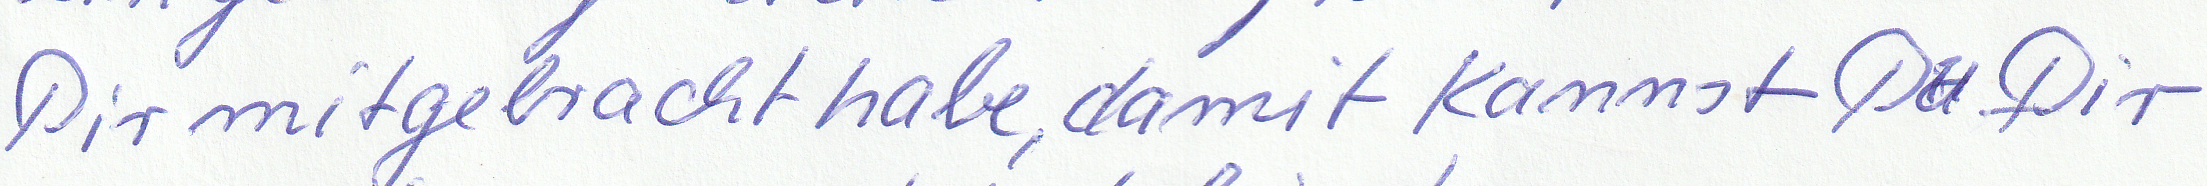
Dir mitgebracht habe, damit kannst Du Dir